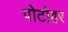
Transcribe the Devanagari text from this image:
पोटोहर